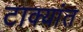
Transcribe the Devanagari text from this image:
टाक्यांत